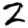
Digit: 2